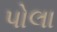
પોલા